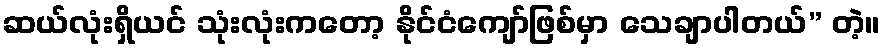
ဆယ်လုံးရှိယင် သုံးလုံးကတော့ နိုင်ငံကျော်ဖြစ်မှာ သေချာပါတယ်” တဲ့။